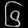
Digit: ၆